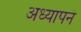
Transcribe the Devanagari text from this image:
अध्यापनं